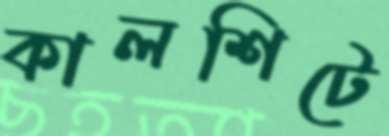
কালশিটে